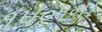
૧૫૦૧ના